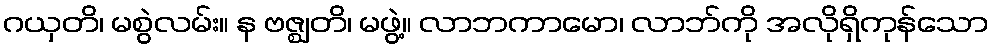
ဂယှတိ၊ မစွဲလမ်း။ န ဗဇ္ဈတိ၊ မဖွဲ့။ လာဘကာမော၊ လာဘ်ကို အလိုရှိကုန်သော